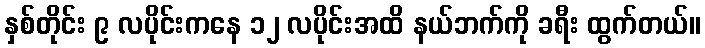
နှစ်တိုင်း ၉ လပိုင်းကနေ ၁၂ လပိုင်းအထိ နယ်ဘက်ကို ခရီး ထွက်တယ်။